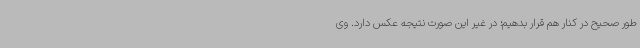
طور صحیح در کنار هم قرار بدهیم؛ در غیر این صورت نتیجه عکس دارد. وی